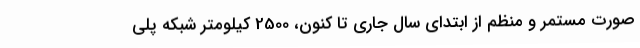
صورت مستمر و منظم از ابتدای سال جاری تا کنون، 2500 کیلومتر شبکه پلی